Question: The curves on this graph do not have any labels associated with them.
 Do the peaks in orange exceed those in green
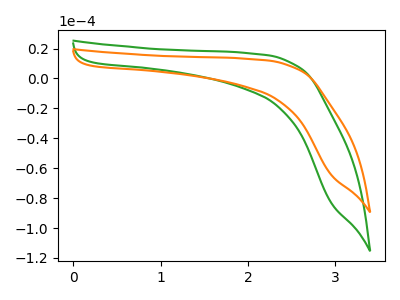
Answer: <think>The green curve "green" has no peaks. The orange curve "orange" has no peaks.</think>
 <answer>Niether CV has any peaks.</answer>
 <eval>blanks</eval>